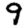
Digit: 9